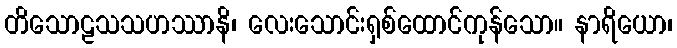
တိသောဠသသဟဿာနိ၊ လေးသောင်းရှစ်ထောင်ကုန်သော။ နာရိယော၊